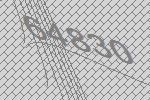
64830